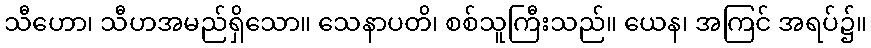
သီဟော၊ သီဟအမည်ရှိသော။ သေနာပတိ၊ စစ်သူကြီးသည်။ ယေန၊ အကြင် အရပ်၌။